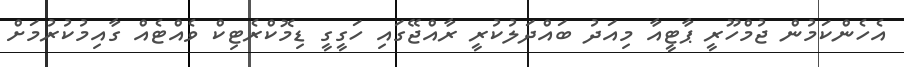
އެހެންކަމުން ޖުމްހޫރީ ޕާޓީއާ މިއަދު ބައްދަލުކުރީ ރާއްޖޭގައި ހަގީގީ ޑިމޮކްރެޓިކް ވެއްޓެއް ގާއިމުކުރުމަށް